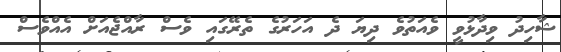
ޝާހިދު ވިދާޅުވީ ވެއަތުވެ ދިޔަ ދެ އަހަރުގެ ތެރޭގައި ވެސް ރާއްޖެއަށް އެއްވެސް